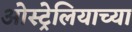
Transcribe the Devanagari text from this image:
ओस्ट्रेलियाच्या